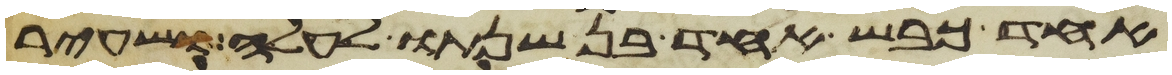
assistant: אחד כבש אחד בן שנתו לעלה ושעיר